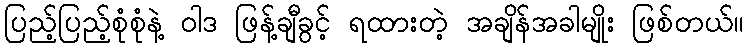
ပြည့်ပြည့်စုံစုံနဲ့ ဝါဒ ဖြန့်ချီခွင့် ရထားတဲ့ အချိန်အခါမျိုး ဖြစ်တယ်။